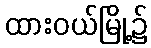
ထားဝယ်မြို့၌